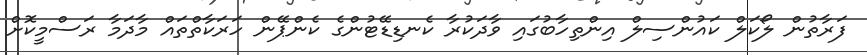
ފަރާތުން ލޯކަލް ކައުންސިލް އިންތިހާބުގައި ވާދަކުރާ ކެނޑިޑޭޓުންގެ ކެންޕޭން ހަރަކާތްތައް މާދަމާ ރަސްމީކޮށް